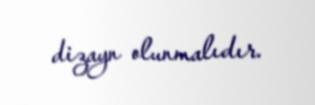
dizayn olunmalıdır.